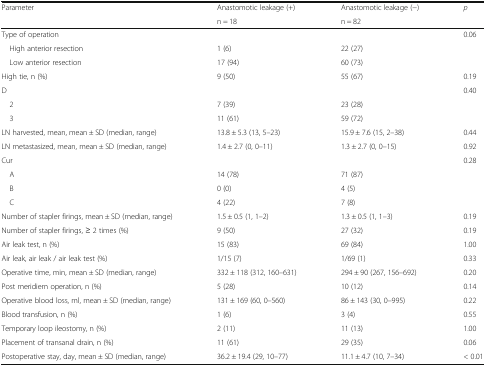
| <ROWSPAN=2> Parameter | Anastomotic leakage (+) | Anastomotic leakage (−) | <ROWSPAN=2> p |
 | n = 18 | n = 82 |
 | --- | --- | --- | --- |
 | Type of operation |  |  | 0.06 |
 | High anterior resection | 1 (6) | 22 (27) |  |
 | Low anterior resection | 17 (94) | 60 (73) |  |
 | High tie, n (%) | 9 (50) | 55 (67) | 0.19 |
 | D |  |  | 0.40 |
 | 2 | 7 (39) | 23 (28) |  |
 | 3 | 11 (61) | 59 (72) |  |
 | LN harvested, mean, mean ± SD (median, range) | 13.8 ± 5.3 (13, 5–23) | 15.9 ± 7.6 (15, 2–38) | 0.44 |
 | LN metastasized, mean, mean ± SD (median, range) | 1.4 ± 2.7 (0, 0–11) | 1.3 ± 2.7 (0, 0–15) | 0.92 |
 | Cur |  |  | 0.28 |
 | A | 14 (78) | 71 (87) |  |
 | B | 0 (0) | 4 (5) |  |
 | C | 4 (22) | 7 (8) |  |
 | Number of stapler firings, mean ± SD (median, range) | 1.5 ± 0.5 (1, 1–2) | 1.3 ± 0.5 (1, 1–3) | 0.19 |
 | Number of stapler firings, ≥ 2 times (%) | 9 (50) | 27 (32) | 0.19 |
 | Air leak test, n (%) | 15 (83) | 69 (84) | 1.00 |
 | Air leak, air leak / air leak test (%) | 1/15 (7) | 1/69 (1) | 0.33 |
 | Operative time, min, mean ± SD (median, range) | 332 ± 118 (312, 160–631) | 294 ± 90 (267, 156–692) | 0.20 |
 | Post meridiem operation, n (%) | 5 (28) | 10 (12) | 0.14 |
 | Operative blood loss, ml, mean ± SD (median, range) | 131 ± 169 (60, 0–560) | 86 ± 143 (30, 0–995) | 0.22 |
 | Blood transfusion, n (%) | 1 (6) | 3 (4) | 0.55 |
 | Temporary loop ileostomy, n (%) | 2 (11) | 11 (13) | 1.00 |
 | Placement of transanal drain, n (%) | 11 (61) | 29 (35) | 0.06 |
 | Postoperative stay, day, mean ± SD (median, range) | 36.2 ± 19.4 (29, 10–77) | 11.1 ± 4.7 (10, 7–34) | < 0.01 |